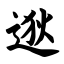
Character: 逖